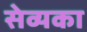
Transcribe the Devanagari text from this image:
सेव्यका